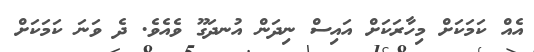
އެއް ކަމަކަށް މިހާރަކަށް އައިސް ނިދަން އުނދަގޫ ވެއެވެ. ދެ ވަނަ ކަމަކަށް